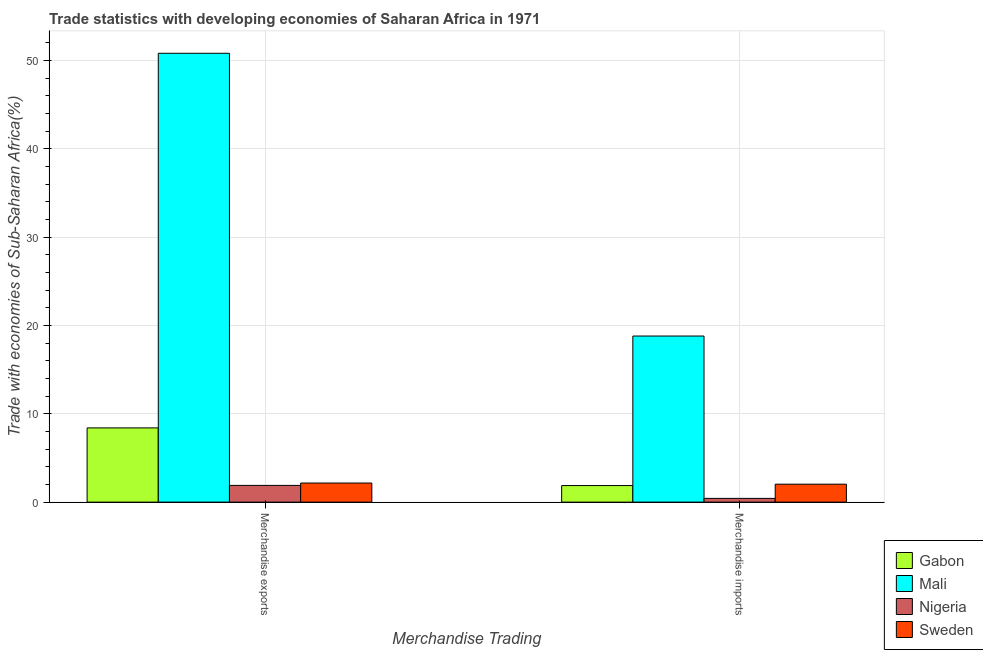
| Merchandise Trading | Gabon | Mali | Nigeria | Sweden |
 | --- | --- | --- | --- | --- |
 | Merchandise exports | 8.41 | 50.8 | 1.89 | 2.16 |
 | Merchandise imports | 1.88 | 18.8 | 0.424 | 2.03 |